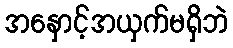
အနှောင့်အယှက်မရှိဘဲ